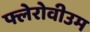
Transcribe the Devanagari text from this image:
फ्लेरोवीउम